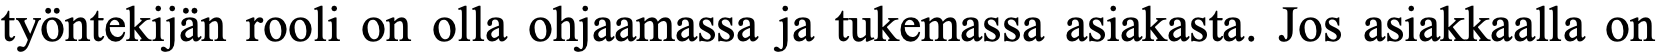
työntekijän rooli on olla ohjaamassa ja tukemassa asiakasta. Jos asiakkaalla on